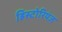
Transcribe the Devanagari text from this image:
हिस्टोरियंज